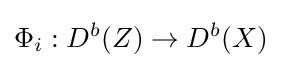
\Phi _{i}:D^{b}(Z)\to D^{b}(X)